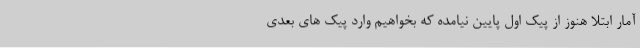
آمار ابتلا هنوز از پیک اول پایین نیامده که بخواهیم وارد پیک های بعدی